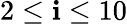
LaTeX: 2\leq\mathbf{i}\leq10